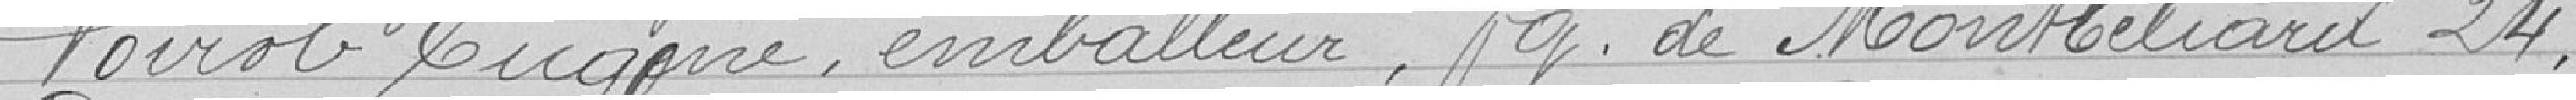
Voirot Eugène, emballeur, Faubourg de Montbéliard 24